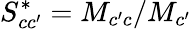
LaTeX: S_{cc^{\prime}}^{*}={M}_{c^{\prime}c}/{M}_{c^{\prime}}